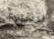
شيء